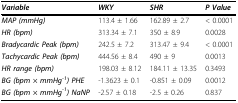
<table><thead><tr><td><b><i>Variable</i></b></td><td><b><i>WKY</i></b></td><td><b><i>SHR</i></b></td><td><b><i>P Value</i></b></td></tr></thead><tbody><tr><td><b><i>MAP (mmHg)</i></b></td><td>113.4 ± 1.66</td><td>162.89 ± 2.7</td><td>&lt; 0.0001</td></tr><tr><td><b><i>HR (bpm)</i></b></td><td>313.34 ± 7.1</td><td>350 ± 8.9</td><td>0.0028</td></tr><tr><td><b><i>Bradycardic Peak (bpm)</i></b></td><td>242.5 ± 7.2</td><td>313.47 ± 9.4</td><td>&lt; 0.0001</td></tr><tr><td><b><i>Tachycardic Peak (bpm)</i></b></td><td>444.56 ± 8.4</td><td>490 ± 9</td><td>0.0013</td></tr><tr><td><b><i>HR range (bpm)</i></b></td><td>198.03 ± 8.12</td><td>184.11 ± 13.35</td><td>0.3493</td></tr><tr><td><b><i>BG (bpm × mmHg<sup>-1</sup>) PHE</i></b></td><td>-1.3623 ± 0.1</td><td>-0.851 ± 0.09</td><td>0.0012</td></tr><tr><td><b><i>BG (bpm × mmHg<sup>-1</sup>) NaNP</i></b></td><td>-2.57 ± 0.18</td><td>-2.5 ± 0.26</td><td>0.837</td></tr></tbody></table>